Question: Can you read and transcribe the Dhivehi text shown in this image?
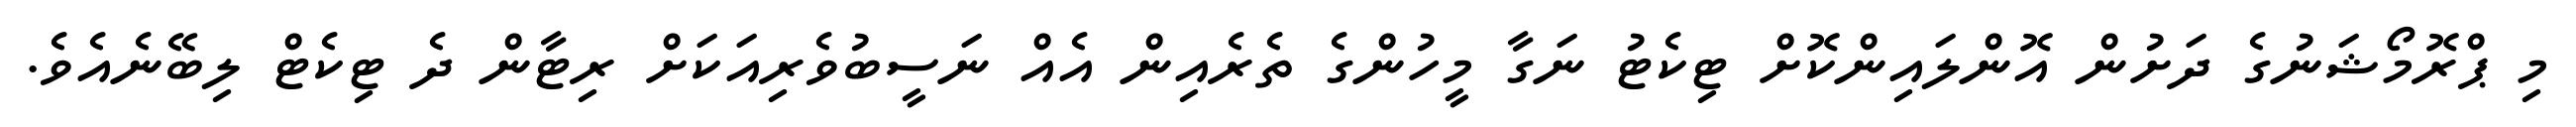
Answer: މި ޕްރޮމޯޝަނުގެ ދަށުން އޮންލައިންކޮށް ޓިކެޓު ނަގާ މީހުންގެ ތެރެއިން އެއް ނަސީބުވެރިއަކަށް ރިޓާން ދެ ޓިކެޓް ލިބޭނެއެވެ.